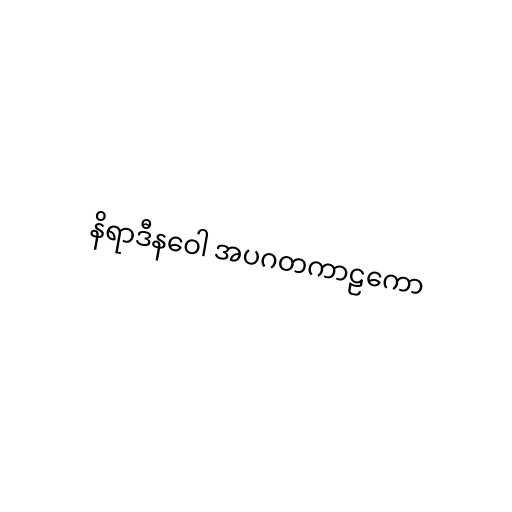
နိရာဒီနဝေါ အပဂတကာဠကော